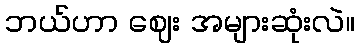
ဘယ်ဟာ ဈေး အများဆုံးလဲ။